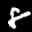
Label: 8